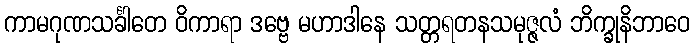
ကာမဂုဏသင်္ခါတေ ဝိကာရာ ဒဗ္ဗေ မဟာဒါနေ သတ္တရတနသမုဇ္ဇလံ ဘိက္ခုနိဘာဝေ